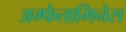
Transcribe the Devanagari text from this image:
अम्फेतामिनेस